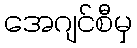
အေဂျင်စီမှ